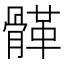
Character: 𩩸